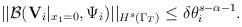
LaTeX: \begin{align*}||\mathcal{B}({\mathbf V}_i|_{x_1=0},\Psi_i)||_{H^{s}(\Gamma_T)}\leq \delta\theta^{s-\alpha-1}_i.\end{align*}